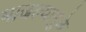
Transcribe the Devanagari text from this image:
भाजल्यामुळे